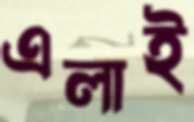
এলাই